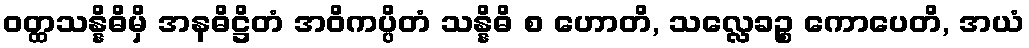
ဝတ္ထသန္နိဓိမှိ အနဓိဋ္ဌိတံ အဝိကပ္ပိတံ သန္နိဓိ စ ဟောတိ, သလ္လေခဉ္စ ကောပေတိ, အယံ